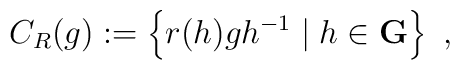
C_R(g) := \left\{ r(h)gh^{-1} \mid h\in\mathbf{G}\right\}~,